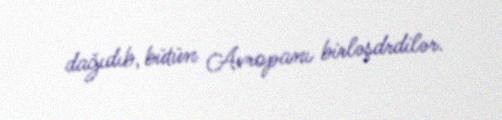
dağıdıb, bütün Avropanı birləşdrdilər.